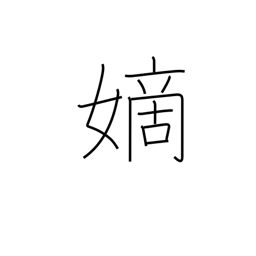
Meaning: legitimate wife